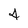
Character: 4